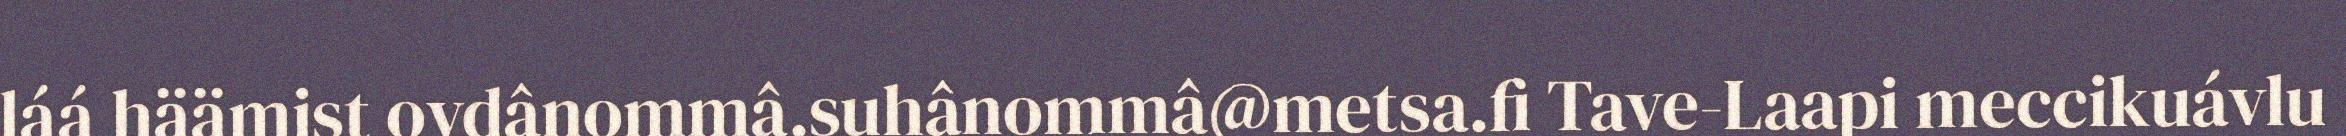
láá häämist ovdânommâ.suhânommâ@metsa.fi Tave-Laapi meccikuávlu